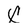
Character: x